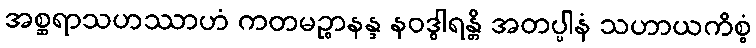
အစ္ဆရာသဟဿာဟံ ကတမဉ္စာနန္ဒ နဝဒွါရန္တိ အတပ္ပါနံ သဟာယကိစ္စံ